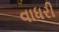
વાધરી